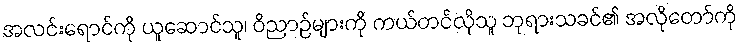
အလင်းရောင်ကို ယူဆောင်သူ၊ ဝိညာဉ်များကို ကယ်တင်လိုသူ ဘုရားသခင်၏ အလိုတော်ကို